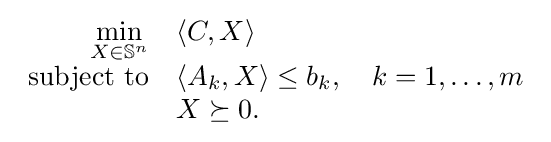
{\begin{array}{rl}{\displaystyle \min _{X\in \mathbb {S} ^{n}}}&\langle C,X\rangle \\{\text{subject to}}&\langle A_{k},X\rangle \leq b_{k},\quad k=1,\ldots ,m\\&X\succeq 0.\end{array}}